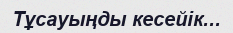
Тұсауыңды кесейiк...